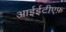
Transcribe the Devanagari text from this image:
आईईटीएफ़